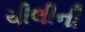
ચીલીની